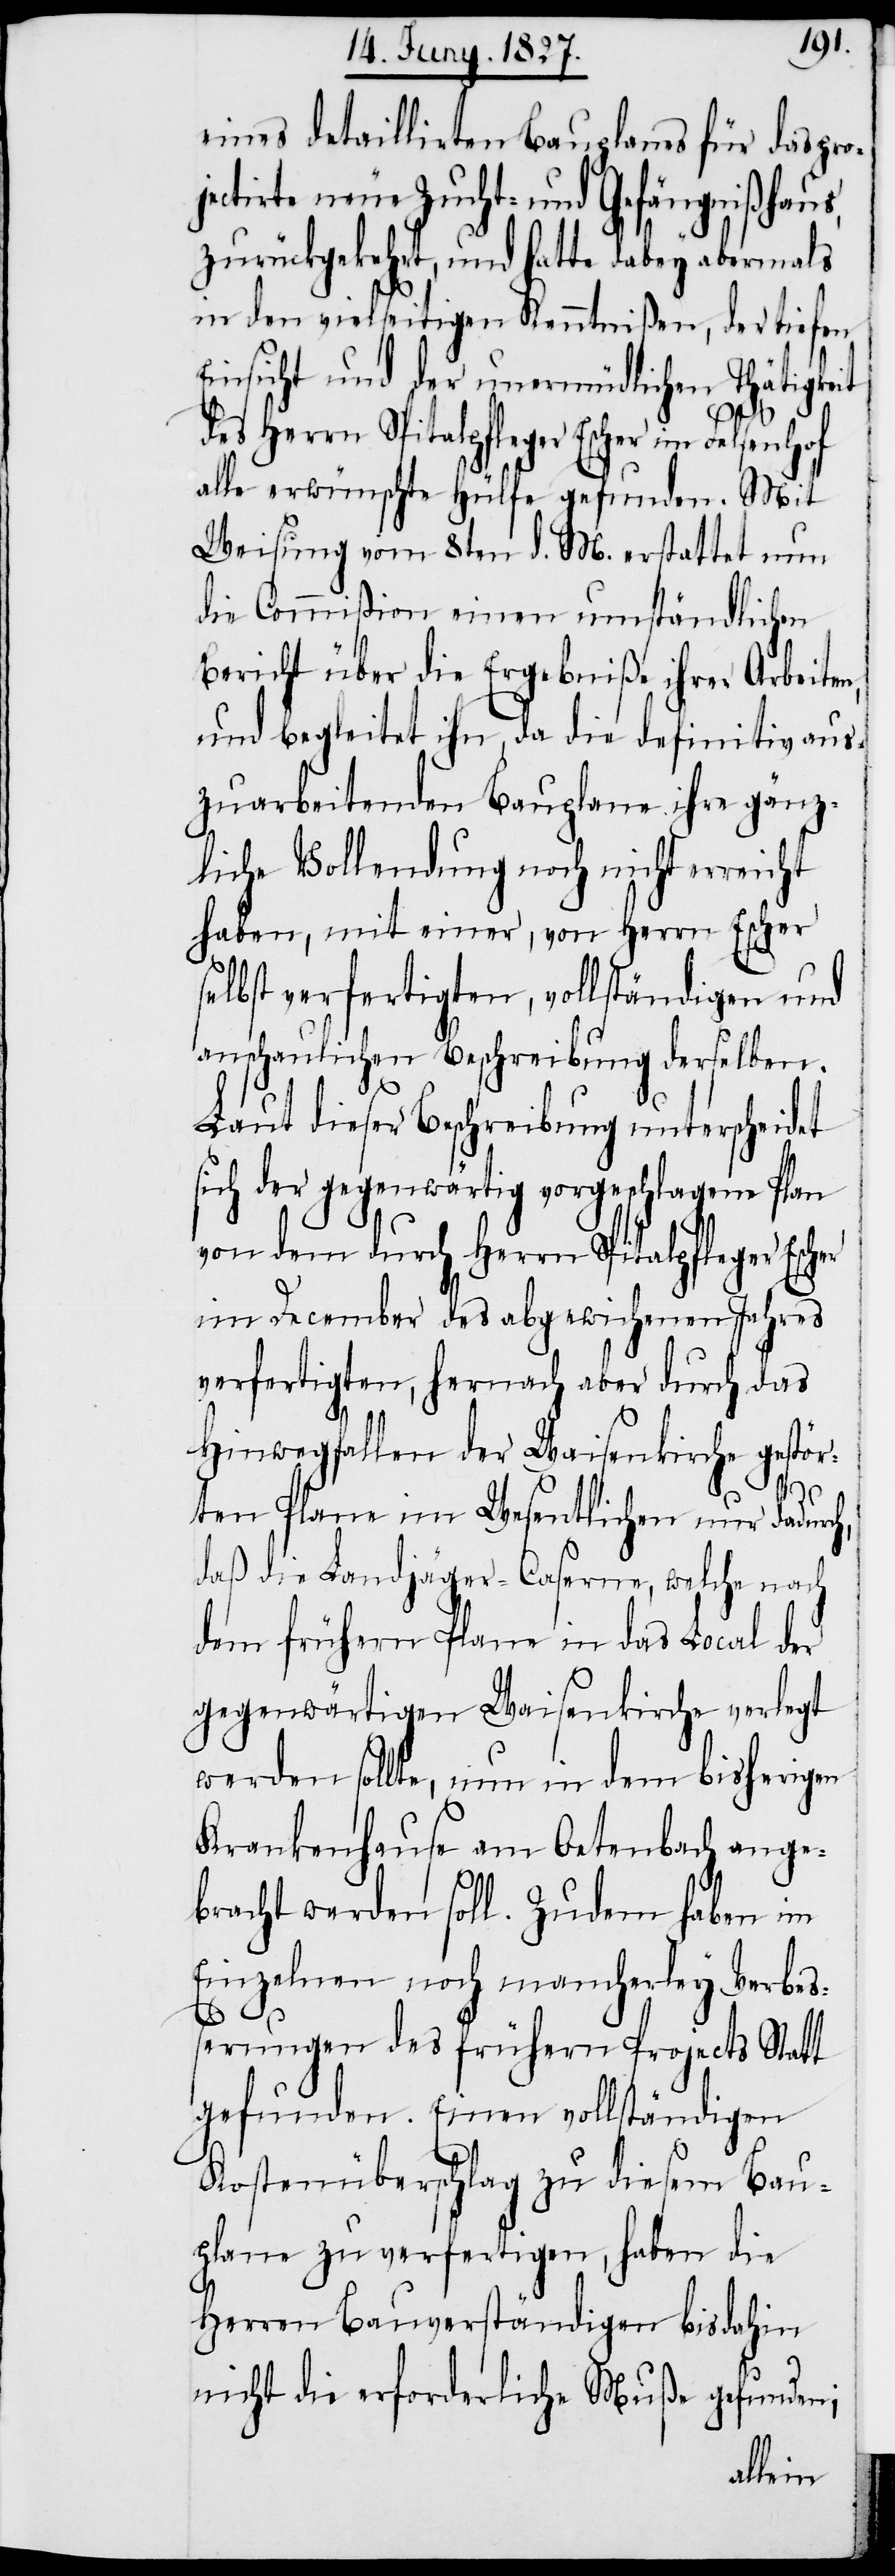
eines detaillirten Bauplans für das pro¬
jectirte neue Zucht- und Gefängnißhaus,
zurückgekehrt, und hatte dabey abermals
in den vielseitigen Kenntnißen, der tiefen
Einsicht und der unermüdlichen Thätigkeit
des Herrn Spitalpfleger Escher im Felsenhof
alle erwünschte Hülfe gefunden. Mit
Weisung vom 8ten d. M. erstattet nun
die Commißion einen umständlichen
Bericht über die Ergebniße ihrer Arbeiten,
und begleitet ihn, da die definitiv aus¬
zuarbeitenden Bauplane ihre gänz¬
liche Vollendung noch nicht erricht
haben, mit einer, von Herrn Escher
selbst verfertigten, vollständigen und
anschaulichen Beschreibung derselben.
Laut dieser Beschreibung unterscheidet
ich der gegenwärtig vorgeschlagene Plan
von dem durch Herrn Spitalpfleger Escher
im December des abgewichenen Jahres
verfertigten, hernach aber durch das
Hinwegfallen der Waisenkirche gestör¬
ten Plane im Wesentlichen nur dadurc¬
daß die Landjäger-Caserne, welche nach
dem frühern Plane in das Local der
gegenwärtigen Waisenkirche verlegt
werden sollte, nun in dem bisherigen
Krankenhause am Oetenbach ange¬
h,
bracht werden soll. Zudem haben im
Einzelnen noch mancherley Verbeß¬
erungen des frühern Projects Statt
gefunden. Einen vollständigen
Kostenüberschlag zu diesem Bau¬
plane zu verfertigen, haben die
Herren Bauverständigen bis dahin
nicht die erforderliche Muße gefunden;